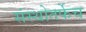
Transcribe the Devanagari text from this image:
संस्थोतर्फेच